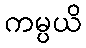
ကမ္ပယိ